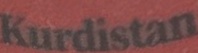
Kurdistan